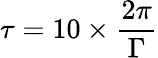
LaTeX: \tau=10\times\frac{2\pi}{\Gamma}